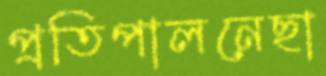
প্রতিপালনেছা